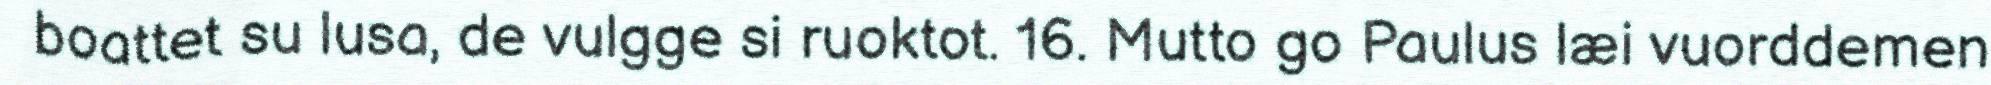
boattet su lusa, de vulgge si ruoktot. 16. Mutto go Paulus læi vuorddemen